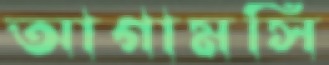
আগামসি